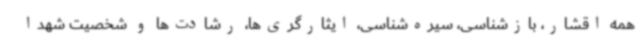
همه اقشار، بازشناسی، سیره‌شناسی، ایثارگری‌ها، رشادت‌ها و شخصیت شهدا